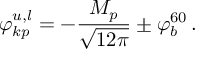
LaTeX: \varphi _ { k p } ^ { u , l } = - \frac { M _ { p } } { \sqrt { 1 2 \pi } } \pm \varphi _ { b } ^ { 6 0 } \, .